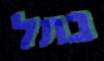
בתל